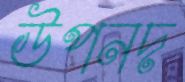
উপনদ